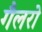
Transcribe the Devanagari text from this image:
गैलरो